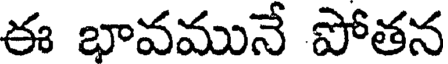
ఈ భావమునే పోతన